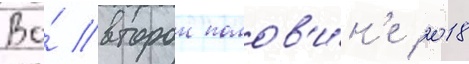
Во́ второи полов'и́н'е 2018